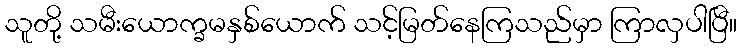
သူတို့ သမီးယောက္ခမနှစ်ယောက် သင့်မြတ်နေကြသည်မှာ ကြာလှပါပြီ။